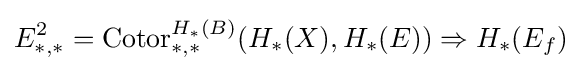
E_{\ast ,\ast }^{2}={\text{Cotor}}_{\ast ,\ast }^{H_{\ast }(B)}(H_{\ast }(X),H_{\ast }(E))\Rightarrow H_{\ast }(E_{f})